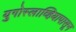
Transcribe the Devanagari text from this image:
युगोस्लाव्हियापासून